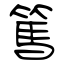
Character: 篤